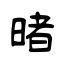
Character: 暏